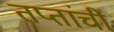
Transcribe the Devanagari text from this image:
तप्तांची